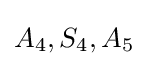
A_{4},S_{4},A_{5}